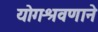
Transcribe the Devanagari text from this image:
योगश्रवणाने